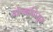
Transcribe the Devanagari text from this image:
तोल्काप्पियुम